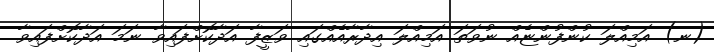
(ނ) އަމިއްލަ ކުންފުންޏެއް ނުވަތަ އަމިއްލަ އިދާރާއެއްގައި ވަޒީފާ އަދާކޮށްފައިވާ ނަމަ އަދާކޮށްފައިވާ